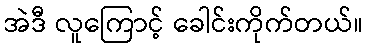
အဲဒီ လူကြောင့် ခေါင်းကိုက်တယ်။